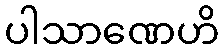
ပါသာဏေဟိ